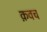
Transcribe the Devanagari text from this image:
क़वच